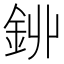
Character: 𨥥